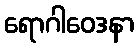
ရောဂါဝေဒနာ